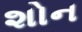
શોન